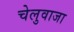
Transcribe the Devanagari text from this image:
चेलुवाजा